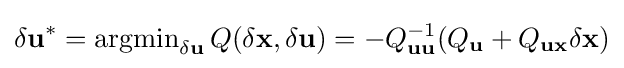
{\delta \mathbf {u} }^{*}=\operatorname {argmin} \limits _{\delta \mathbf {u} }Q(\delta \mathbf {x} ,\delta \mathbf {u} )=-Q_{\mathbf {u} \mathbf {u} }^{-1}(Q_{\mathbf {u} }+Q_{\mathbf {u} \mathbf {x} }\delta \mathbf {x} )